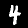
Digit: 4